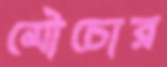
মৌচোর